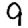
Digit: 9